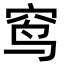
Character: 窎